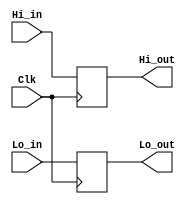
`timescale 1ns / 1ps
//////////////////////////////////////////////////////////////////////////////////
// Company: 
// Engineer: 
// 
// Design Name: 
// Module Name: HiLoRegisters
// Project Name: 
// Target Devices: 
// Tool Versions: 
// Description: 
// 
// Dependencies: 
// 
// Revision:
// Revision 0.01 - File Created
// Additional Comments:
// 
//////////////////////////////////////////////////////////////////////////////////


module HiLoRegisters(Clk, Hi_in, Hi_out, Lo_in, Lo_out);

    input Clk;
    input[31:0] Hi_in, Lo_in;
    output reg [31:0] Hi_out, Lo_out;
    
    always @(posedge Clk)
    begin
        Hi_out <= Hi_in;
        Lo_out <= Lo_in;
    end
endmodule